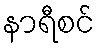
နာရီစင်